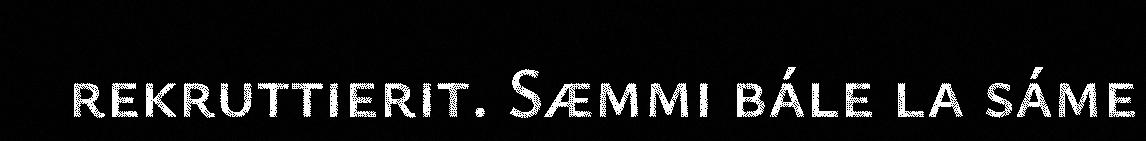
rekruttierit. Sæmmi bále la sáme